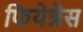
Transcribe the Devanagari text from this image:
फियेन्नेस